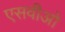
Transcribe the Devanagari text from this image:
एसवीओ